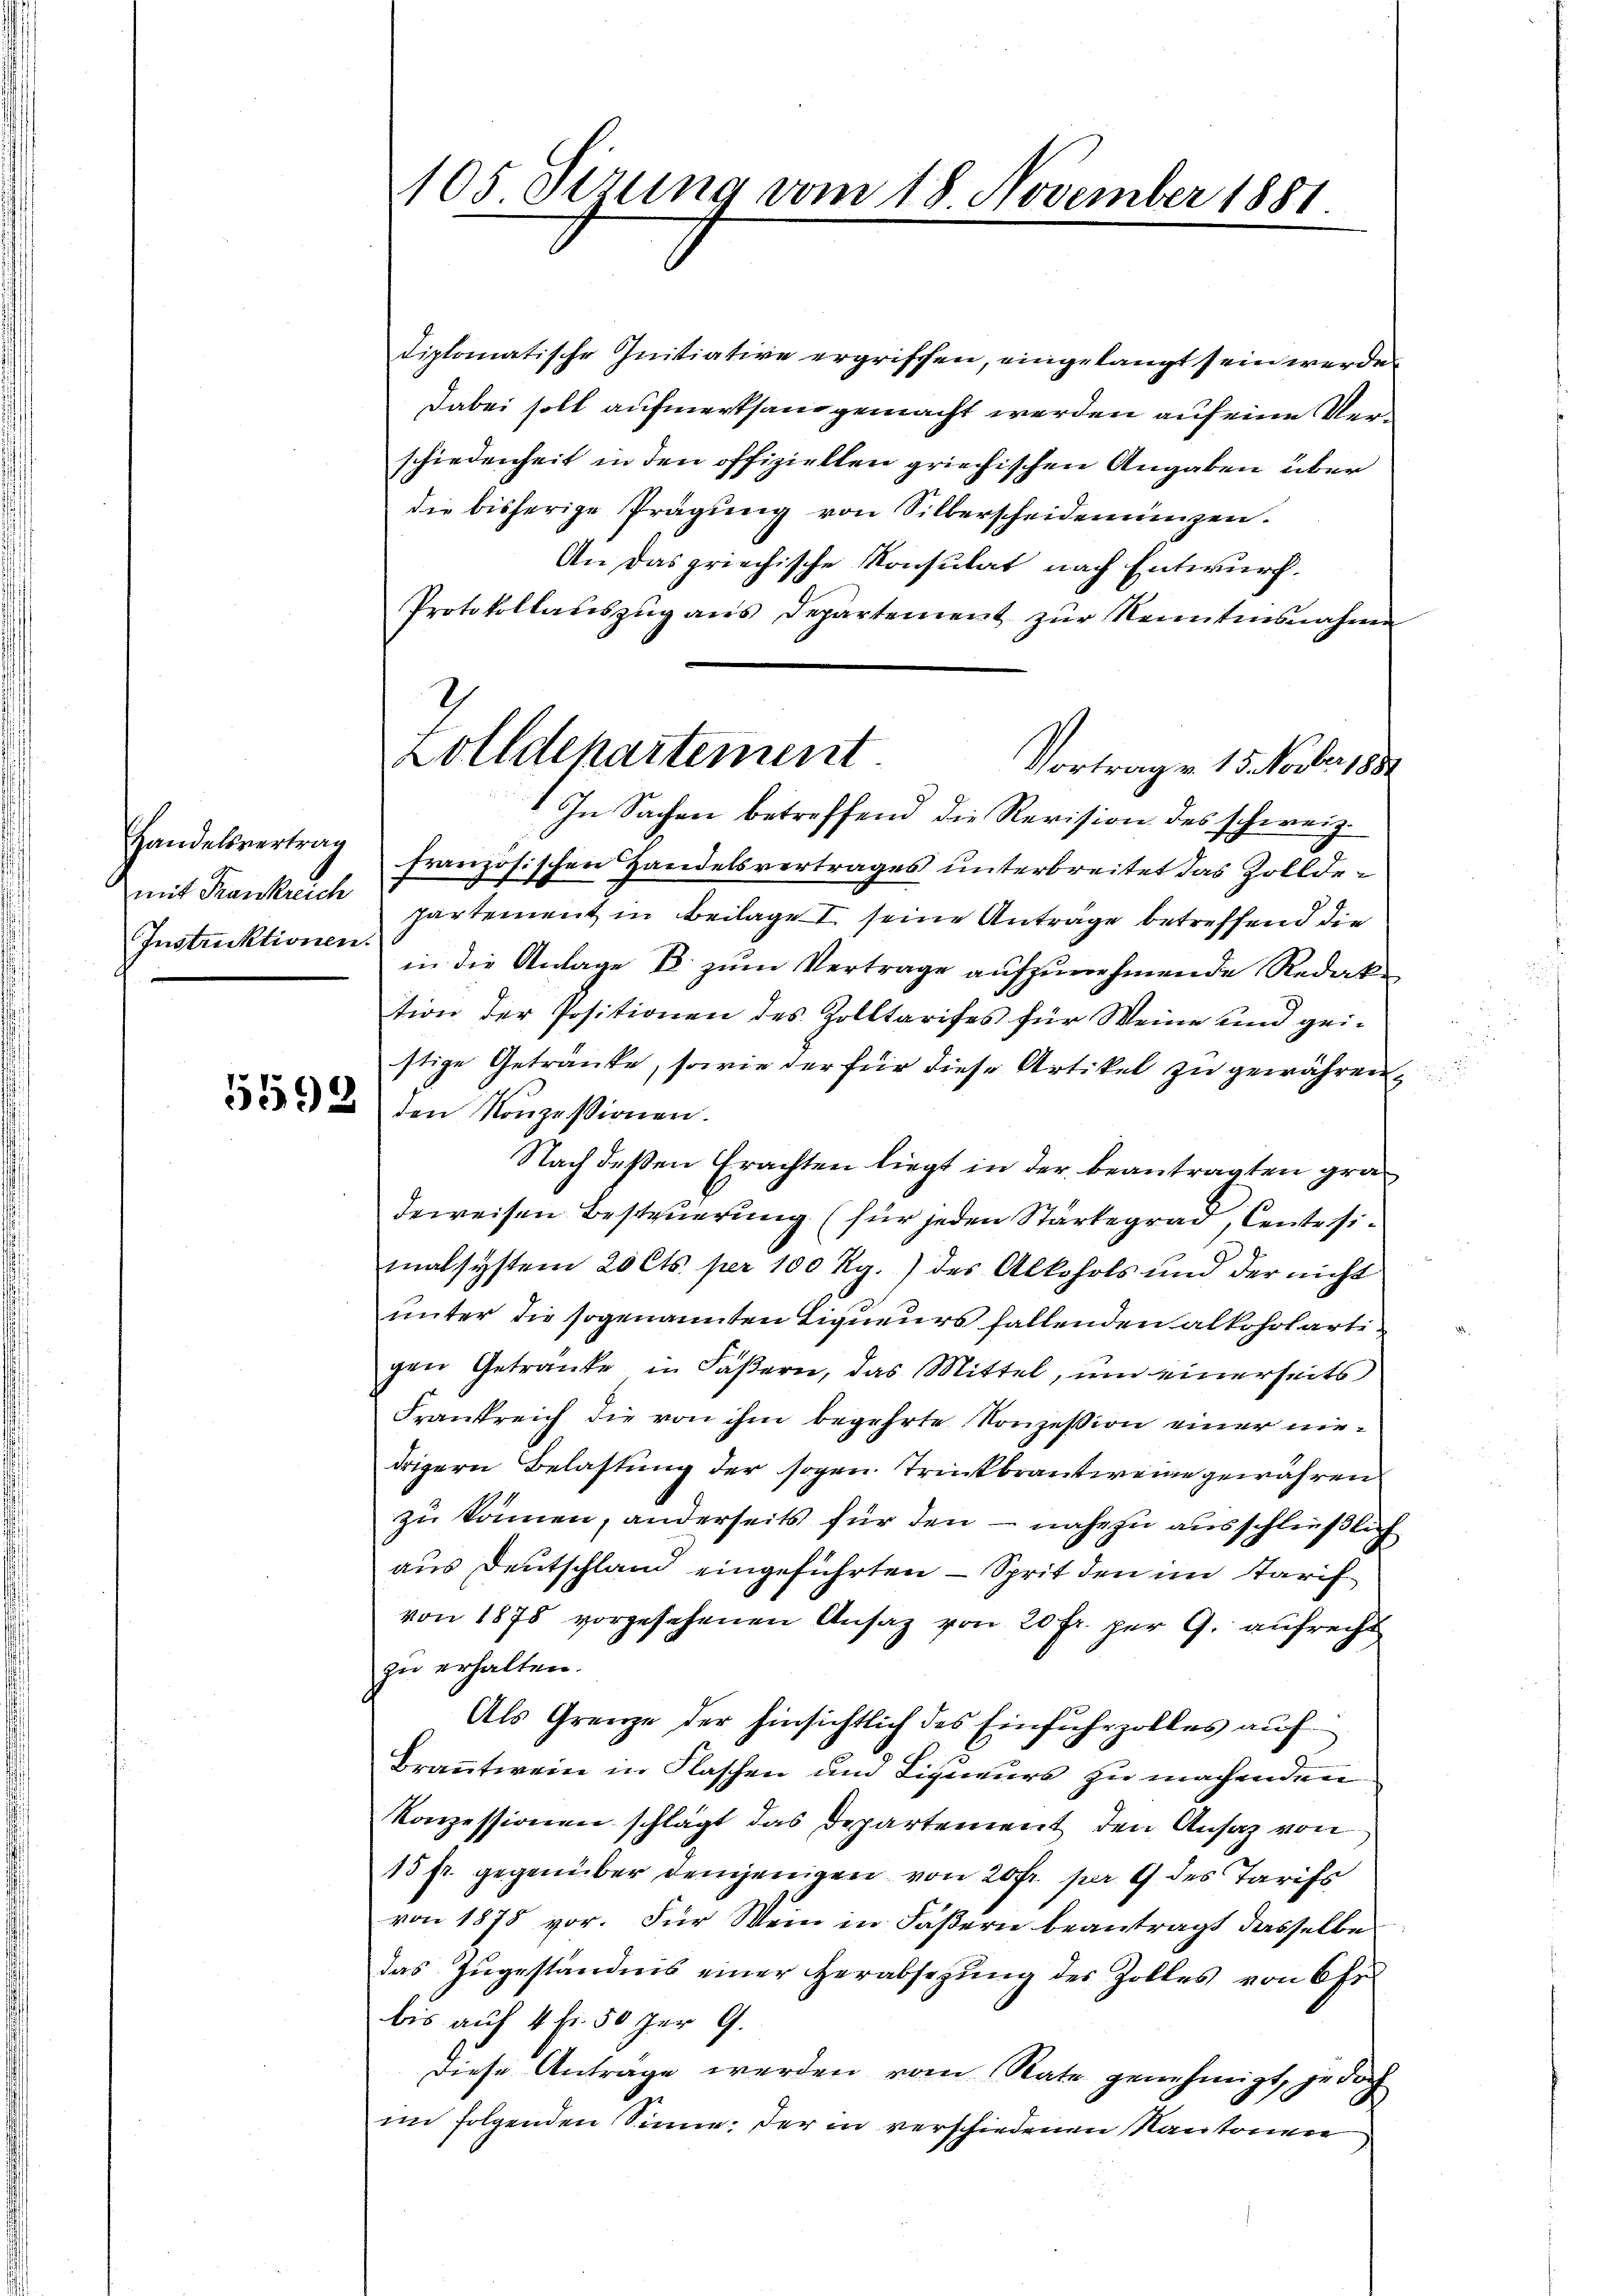
mit Frankreich
Instruktionen.

diplomatische Initiative ergriffen, eingelangt sein werde.
Dabei soll aufmerksam gemacht werden auf eine Verschiedenheit in den offiziellen griechischen Angaben über
die bisherige Prägung von Silberscheideneinzen.
An das griechische Konsulat nach Entwurf.
Protokollauszug aus Departement zur Neuntensnahmen
In Sachen betreffend die Revision des schweiz.
Handelsvertrag französischen Handelsvertrages ŭnterbreitet das Zollde-
partement in Beilage seine Anträge betreffend die
in die Anlage d zum Vertrage aufzunehmende Redak
tion der Positionen des Zolltarifes für Weine und gei-
stige Getränke, sowie der für diese Artikel zu gewähren,
332 den Konzessionen.
Nach deßen Erachten liegt in der beantragten gradeweisen Besteuerung (für jeden Stärtegrad Cente simalsystem 20 Cts. per 100 Rg.) des Alkohols und der nicht
unter die sogenannten Liqueurs fallenden alkoholartigen Getränke in Fasern, das Mittel, um einerseits
Frankreich die von ihm begehrte Konzession einer niedrigern Belastung der sogen Trinkbrantweine gewähren
zu können, anderseits für den – nahezu ausschließlich
aus Deutschland eingeführten — Sprit den im Starif
von 1875 vorgesehenen Ansaz von 20 Fr. per G. aufrecht
zu erhalten.
Als Grenze der hinsichtlich des Einfuhrzolles auf
Brantwein in Flaschen um Liquieurs zu machenden
Konzessionen schlägt das Departement den Ansaz von
15 fr. gegenüber demjenigen von 20 fr. pr. 9 des Tarifs
von 1878 vor. Für Mein in Fäßern beantragt dasselbe
das Zugeständnis einer Herabsezung des Zolles von Chr
bis auf 4 fr. 50 per 9.
Diese Anträge werden vom Rate genehmigt, jedoch
im folgenden Sinne: der in verschiedenen Kantonen

105 Sizung vom 18. November 1881

Zolldepartement
Vortrag v. 15. Novber 1884